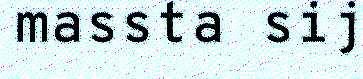
massta sij